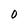
Character: 0